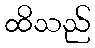
ထိသည်